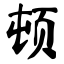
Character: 顿